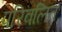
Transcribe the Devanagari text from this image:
परिवलित